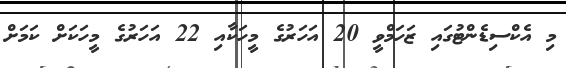
މި އެކްސިޑެންޓުގައި ޒަހަމްވީ 20 އަހަރުގެ މީހަކާއި 22 އަހަރުގެ މީހަކަށް ކަަމަށް